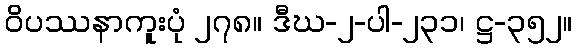
ဝိပဿနာကူးပုံ ၂၇၈။ ဒီဃ-၂-ပါ-၂၃၁၊ ဋ္ဌ-၃၅၂။